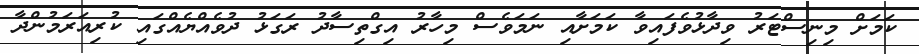
ކަމަށް މިނިސްޓަރު ވިދާޅުވެފައިވާ ކަމަށާއި ނަމަވެސް މިހާރު އިގްތިސާދު ރަގަޅު ދުވެއްޔެއްގައި ކުރިއަރަމުންދާ